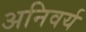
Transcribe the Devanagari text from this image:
अनिवर्य